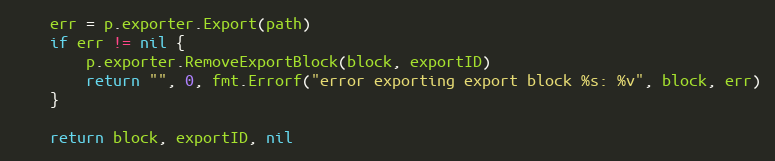
Language: Go
	err = p.exporter.Export(path)
	if err != nil {
		p.exporter.RemoveExportBlock(block, exportID)
		return "", 0, fmt.Errorf("error exporting export block %s: %v", block, err)
	}

	return block, exportID, nil